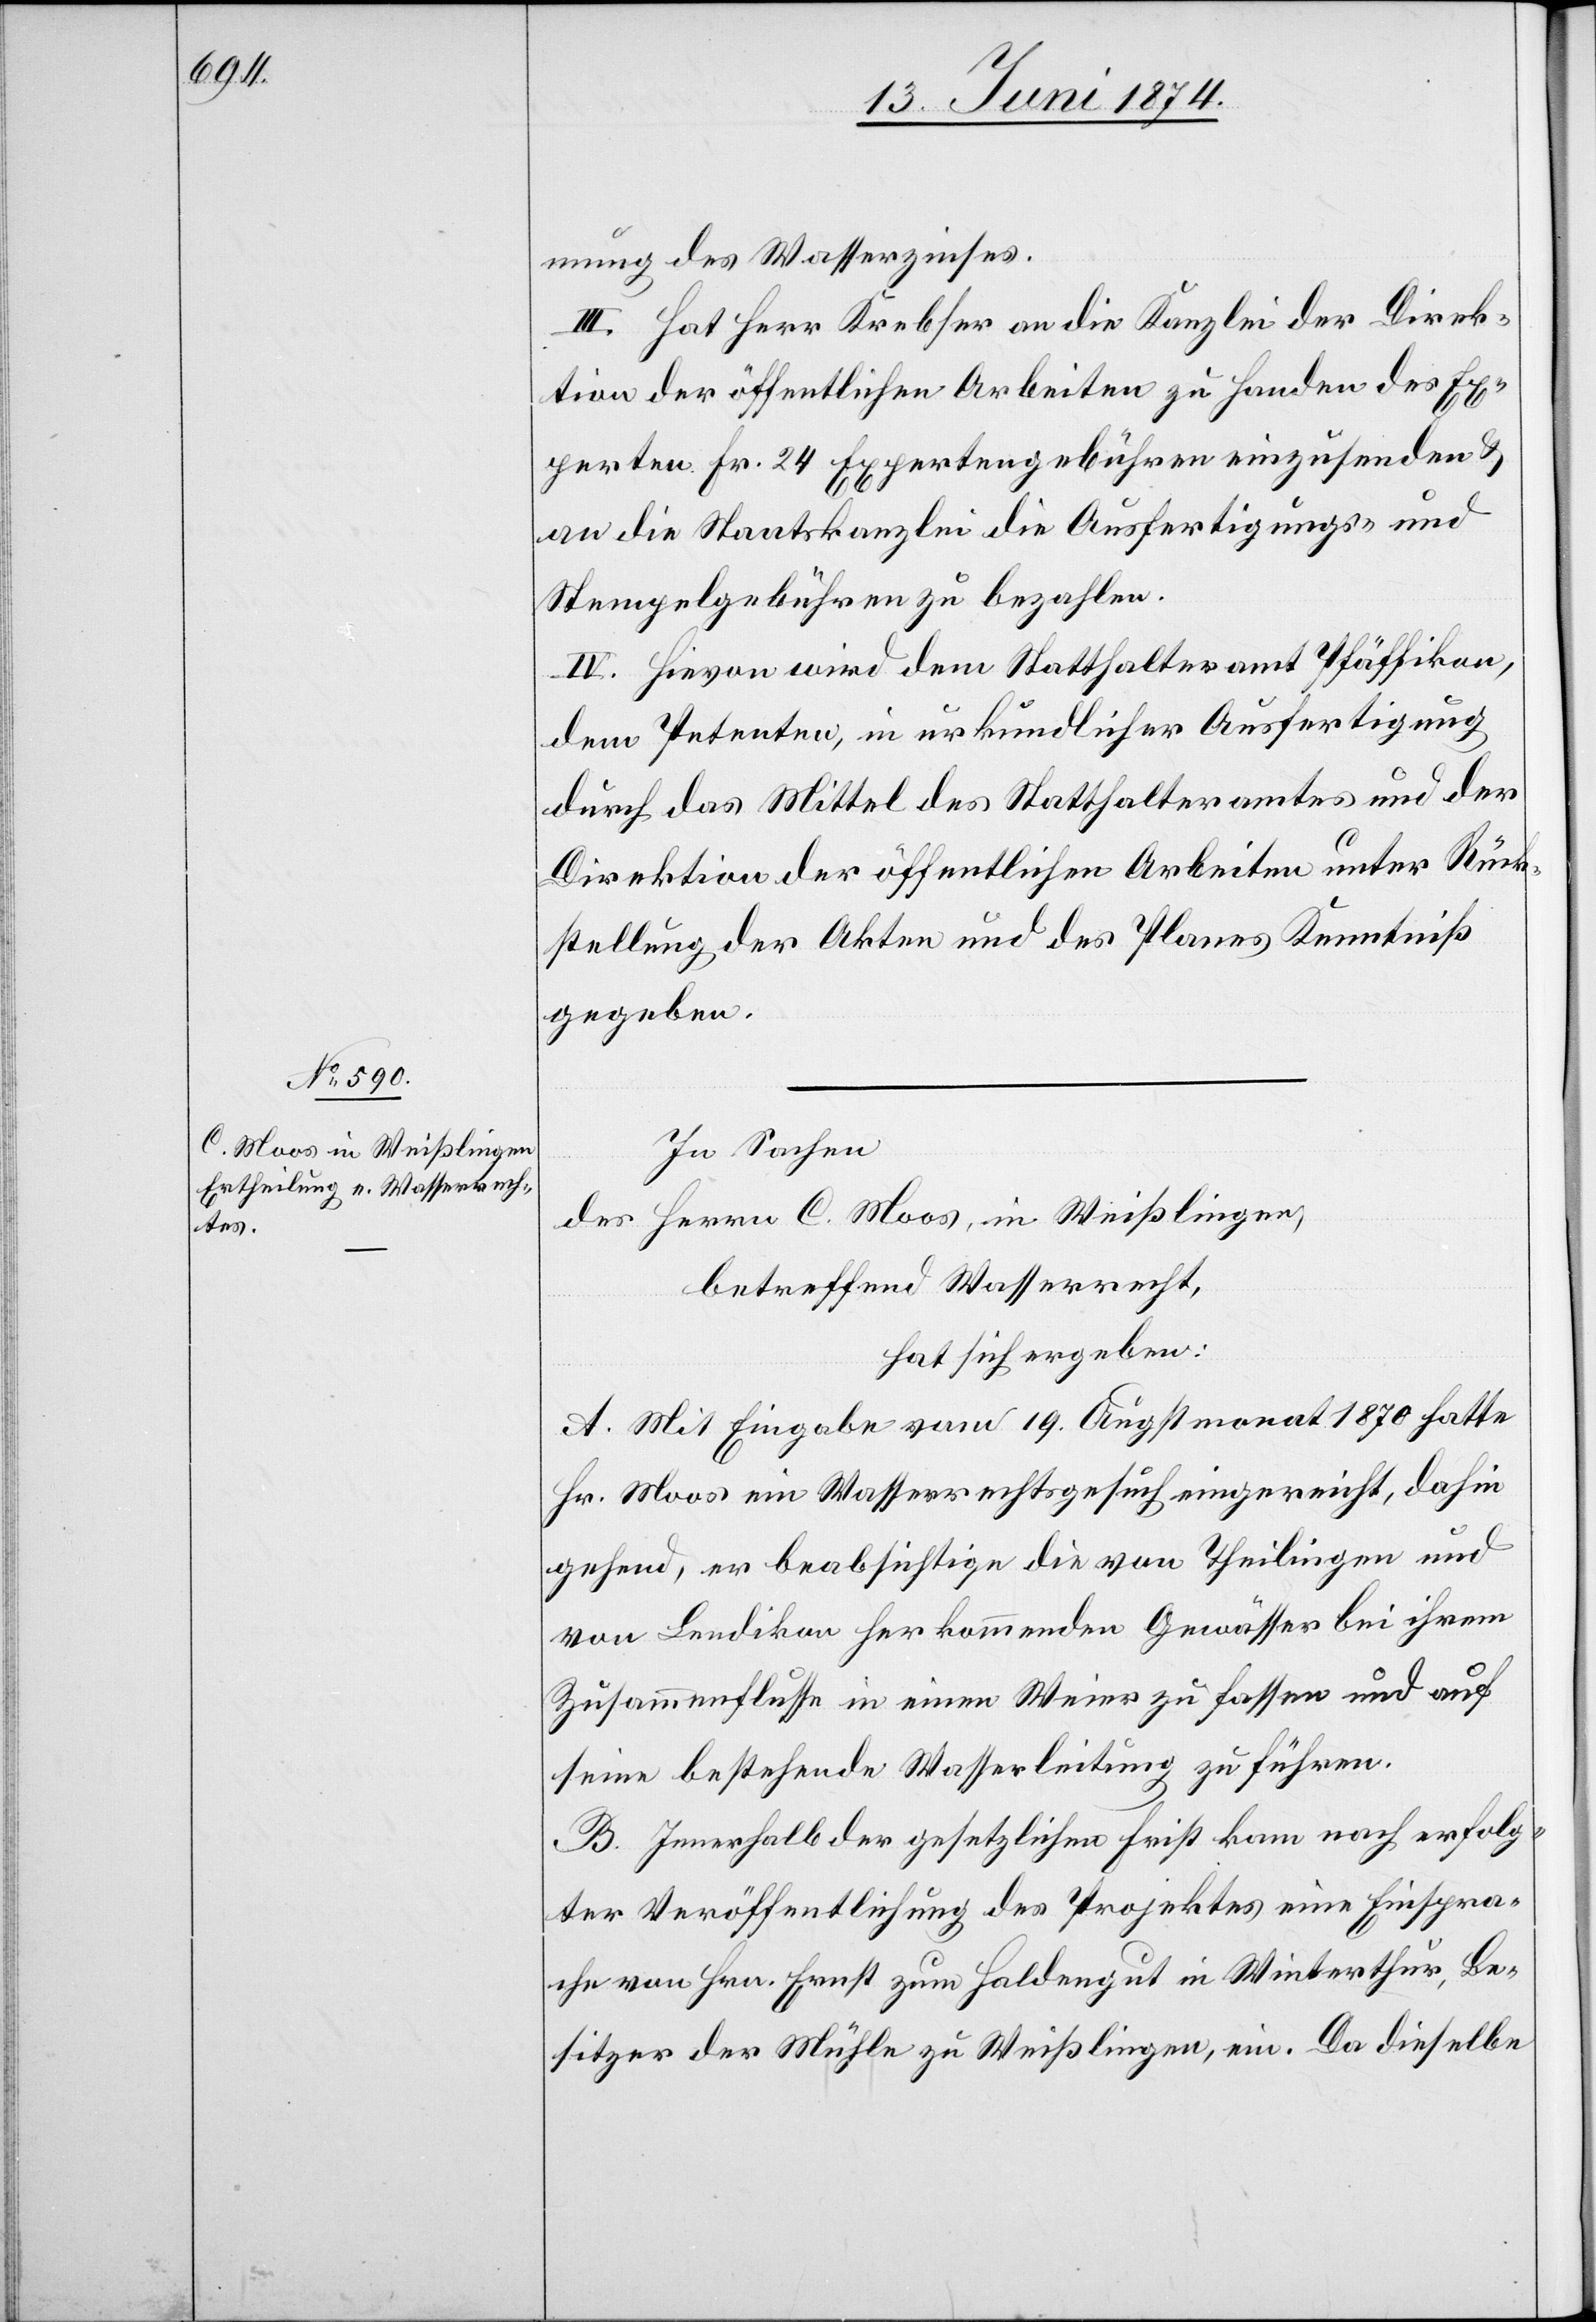
mung des Wasserzinses.
III. Hat Herr Krebser an die Kanzlei der Direk¬
tion der öffentlichen Arbeiten zu Handen des Ex¬
perten Fr. 24 Expertengebühren einzusenden u.
an die Staatskanzlei die Ausfertigungs- und
Stempelgebühren zu bezahlen.
IV. Hievon wird dem Statthalteramt Pfäffikon,
dem Petenten, in urkundlicher Ausfertigung
durch das Mittel des Statthalteramtes und der
Direktion der öffentlichen Arbeiten unter Rück¬
stellung der Akten und des Planes Kenntniß
gegeben.
In Sachen
des Herrn C. Moos, in Weißlingen,
betreffend Wasserrecht,
hat sich ergeben:
A. Mit Eingabe vom 19. Augstmonat 1870 hatte
Hr. Moos ein Wasserrechtsgesuch eingereicht, dahin
gehend, er beabsichtige die von Theilingen und
von Lendikon herkommenden Gewässer bei ihrem
Zusammenflusse in einen Weier zu fassen und auf
seine bestehende Wasserleitung zu führen.
B. Innerhalb der gesetzlichen Frist kam nach erfolg¬
ter Veröffentlich des Projektes eine Einspra¬
che von Hrn. Ernst zum Haldengut in Winterthur, Be¬
sitzer der Mühle zu Weißlingen, ein. Da dieselbe